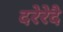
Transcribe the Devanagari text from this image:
दरेरेदै